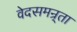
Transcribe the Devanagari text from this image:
वेदसमन्र्ता